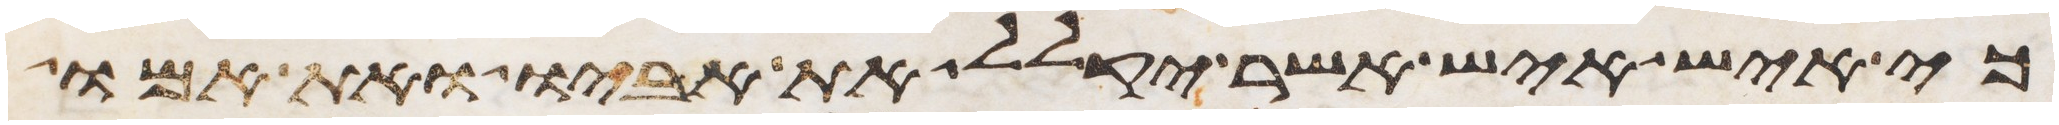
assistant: כי איש איש אשר יקלל את אביו ואת אמו